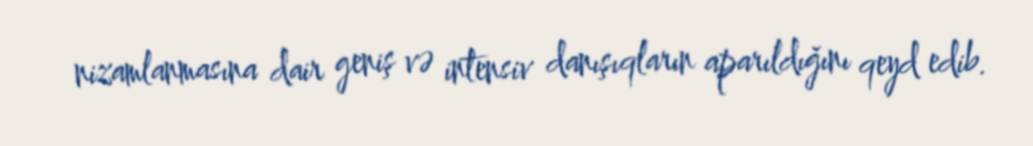
nizamlanmasına dair geniş və intensiv danışıqların aparıldığını qeyd edib.